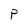
Character: P